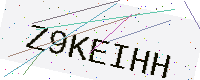
Text: Z9KEIHH